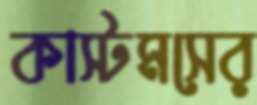
কাস্টমসের